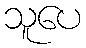
သူပေ